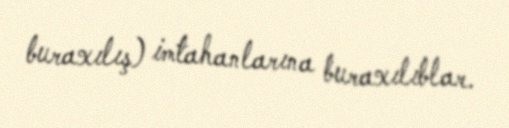
buraxılış) imtahanlarına buraxılıblar.